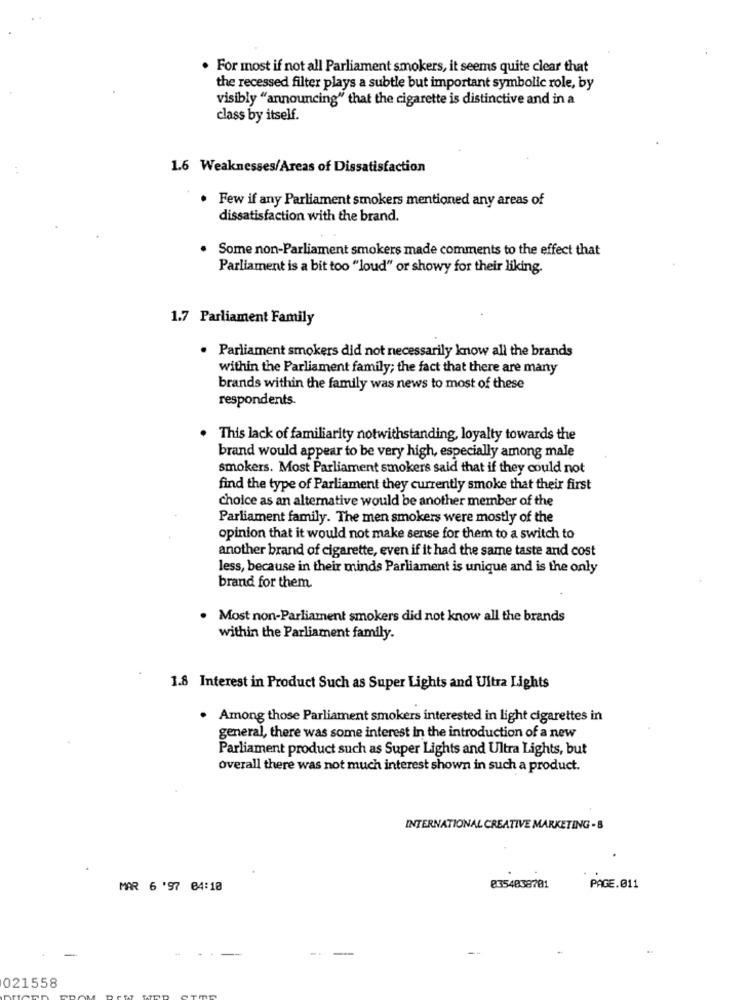
. For most if not all Parliament smokers, it seems quite clear that
the recessed filter plays a subtle but important symbolic role, by
visibly "announcing" that the cigarette is distinctive and in a
class by itself.
1.6 Weaknesses/Areas of Dissatisfaction
· Few if any Parliament smokers mentioned any areas of
dissatisfaction with the brand.
. Some non-Parliament smokers made comments to the effect that
Parliament is a bit too "loud" or showy for their liking.
1.7 Parliament Family
· Parliament smokers did not necessarily know all the brands
within the Parliament family; the fact that there are many
brands within the family was news to most of these
respondents.
. This lack of familiarity notwithstanding, loyalty towards the
brand would appear to be very high, especially among male
smokers. Most Parliament smokers said that if they could not
find the type of Parliament they currently smoke that their first
choice as an alternative would be another member of the
Parliament family. The men smokers were mostly of the
opinion that it would not make sense for them to a switch to
another brand of cigarette, even if it had the same taste and cost
less, because in their minds Parliament is unique and is the only
brand for them
. Most non-Parliament smokers did not know all the brands
within the Parliament family.
1.8 Interest in Product Such as Super Lights and Ultra Lights
. Among those Parliament smokers interested in light cigarettes in
general, there was some interest In the introduction of a new
Parliament product such as Super Lights and Ultra Lights, but
overall there was not much interest shown in such a product.
INTERNATIONAL CREATIVE MARKETING - 8
MAR 6 '97 04:10
0354038781
PAGE.011
021558